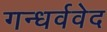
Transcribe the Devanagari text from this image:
गन्धर्ववेद